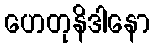
ဟေတုနိဒါနော